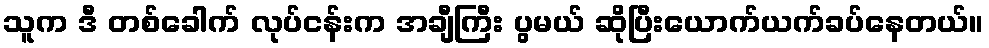
သူက ဒီ တစ်ခေါက် လုပ်ငန်းက အချီကြီး ပွမယ် ဆိုပြီးယောက်ယက်ခပ်နေတယ်။